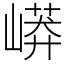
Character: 㟿